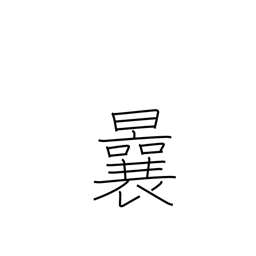
Meaning: before